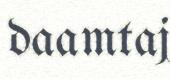
daamtaj